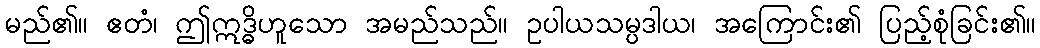
မည်၏။ ဧတံ၊ ဤဣဒ္ဓိဟူသော အမည်သည်။ ဥပါယသမ္ပဒါယ၊ အကြောင်း၏ ပြည့်စုံခြင်း၏။